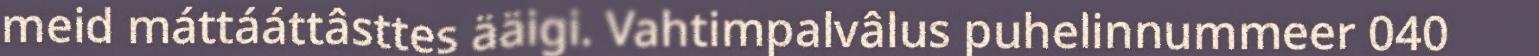
meid máttááttâsttes ääigi. Vahtimpalvâlus puhelinnummeer 040